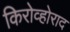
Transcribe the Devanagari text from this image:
किरोव्होराद